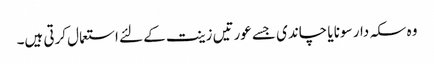
وہ سکہ دار سونا یا چاندی جسے عورتیں زینت کے لئے استعمال کرتی ہیں۔